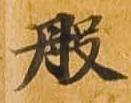
般